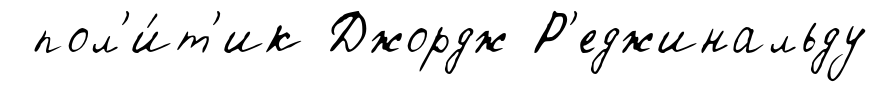
пол'и́т'ик Джордж Р'еджинальду